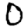
Digit: 0